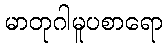
မာတုဂါမူပစာရော